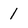
Character: 1